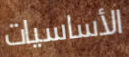
الأساسيات